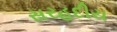
સરહદીય